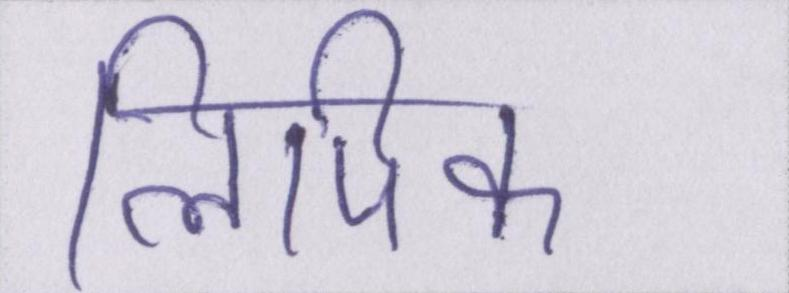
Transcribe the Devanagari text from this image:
लिपिक